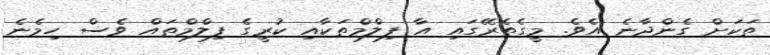
ތަކަށް ގެންދާނެ އެވެ. މީގެތެރޭގައި އާ ފިލްމްތަކާއި ކުރީގެ ފިލްމްތައް ވެސް ހިމެނެ